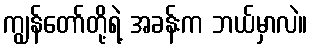
ကျွန်တော်တို့ရဲ့ အခန်းက ဘယ်မှာလဲ။